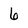
Character: 6